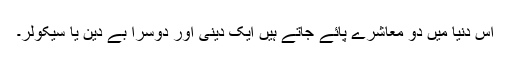
اس دنیا میں دو معاشرے پائے جاتے ہیں ایک دینی اور دوسرا بے دین یا سیکولر۔